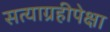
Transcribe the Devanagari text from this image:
सत्याग्रहीपेक्षा